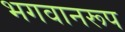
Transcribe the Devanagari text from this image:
भगवानरूप